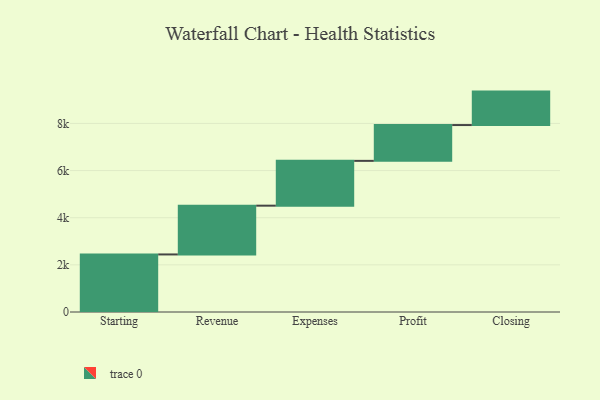
{"axis": {"x": "Step", "y": "Value"}, "legend": [""], "data": [{"x": "Starting", "y": 2442.0, "type": ""}, {"x": "Revenue", "y": 2069.0, "type": ""}, {"x": "Expenses", "y": 1901.0, "type": ""}, {"x": "Profit", "y": 1519.0, "type": ""}, {"x": "Closing", "y": 1419.0, "type": ""}]}